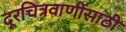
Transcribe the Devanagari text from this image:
दूरचित्रवाणींसाठी